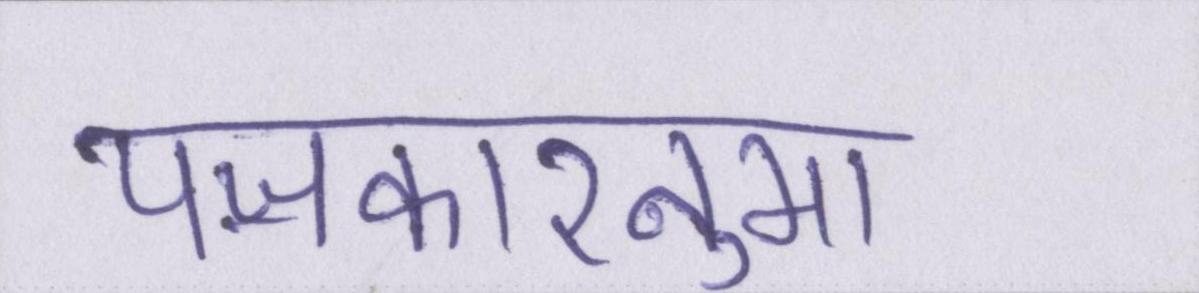
पॼकारनुमा